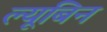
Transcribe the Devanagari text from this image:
ल्यूबिन